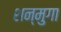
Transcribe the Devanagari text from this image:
शन्मुगा